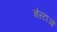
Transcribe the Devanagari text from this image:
चेस्टाओं